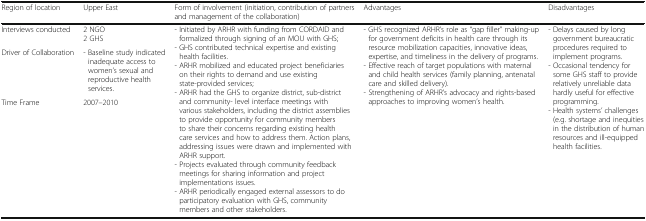
| Region of location | Upper East | Form of involvement (initiation, contribution of partners and management of the collaboration) | Advantages | Disadvantages |
 | --- | --- | --- | --- | --- |
 | Interviews conducted | 2 NGO2 GHS | <ROWSPAN=3> - Initiated by ARHR with funding from CORDAID and formalized through signing of an MOU with GHS;- GHS contributed technical expertise and existing health facilities.- ARHR mobilized and educated project beneficiaries on their rights to demand and use existing state-provided services;- ARHR had the GHS to organize district, sub-district and community- level interface meetings with various stakeholders, including the district assemblies to provide opportunity for community members to share their concerns regarding existing health care services and how to address them. Action plans, addressing issues were drawn and implemented with ARHR support.- Projects evaluated through community feedback meetings for sharing information and project implementations issues.- ARHR periodically engaged external assessors to do participatory evaluation with GHS, community members and other stakeholders. | <ROWSPAN=3> - GHS recognized ARHR’s role as “gap filler” making-up for government deficits in health care through its resource mobilization capacities, innovative ideas, expertise, and timeliness in the delivery of programs.- Effective reach of target populations with maternal and child health services (family planning, antenatal care and skilled delivery).- Strengthening of ARHR’s advocacy and rights-based approaches to improving women’s health. | <ROWSPAN=3> - Delays caused by long government bureaucratic procedures required to implement programs.- Occasional tendency for some GHS staff to provide relatively unreliable data hardly useful for effective programming.- Health systems’ challenges (e.g. shortage and inequities in the distribution of human resources and ill-equipped health facilities. |
 | Driver of Collaboration | - Baseline study indicated inadequate access to women’s sexual and reproductive health services. |
 | Time Frame | 2007–2010 |